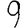
Digit: 9